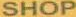
SHOP